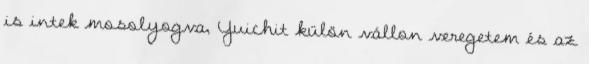
is intek mosolyogva, Yuichit külön vállon veregetem és az